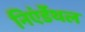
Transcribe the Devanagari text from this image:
निएंर्डेथल